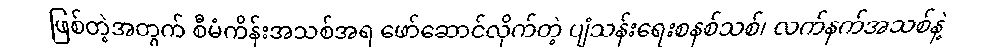
ဖြစ်တဲ့အတွက် စီမံကိန်းအသစ်အရ ဖော်ဆောင်လိုက်တဲ့ ပျံသန်းရေးစနစ်သစ်၊ လက်နက်အသစ်နဲ့